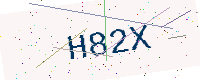
Text: H82X